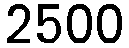
2500